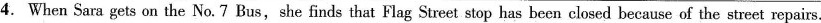
4. When Sara gets on the No. 7 Bus,she finds that Flag Street stop has been closed because of the street repairs.